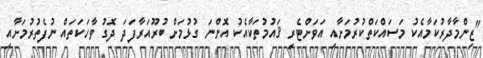
"ޒިންމާދާރުކަމާއެކު މަސައްކަތްކުރުމަށާއި އަވަށްޓެރި ޤައުމުތަކާއެކު އޮންނަ ގުޅުމަށް ބުރޫއަރާފަދަ ދޮގު ވާހަކަތައް ނުފެތުރުމަށާއި